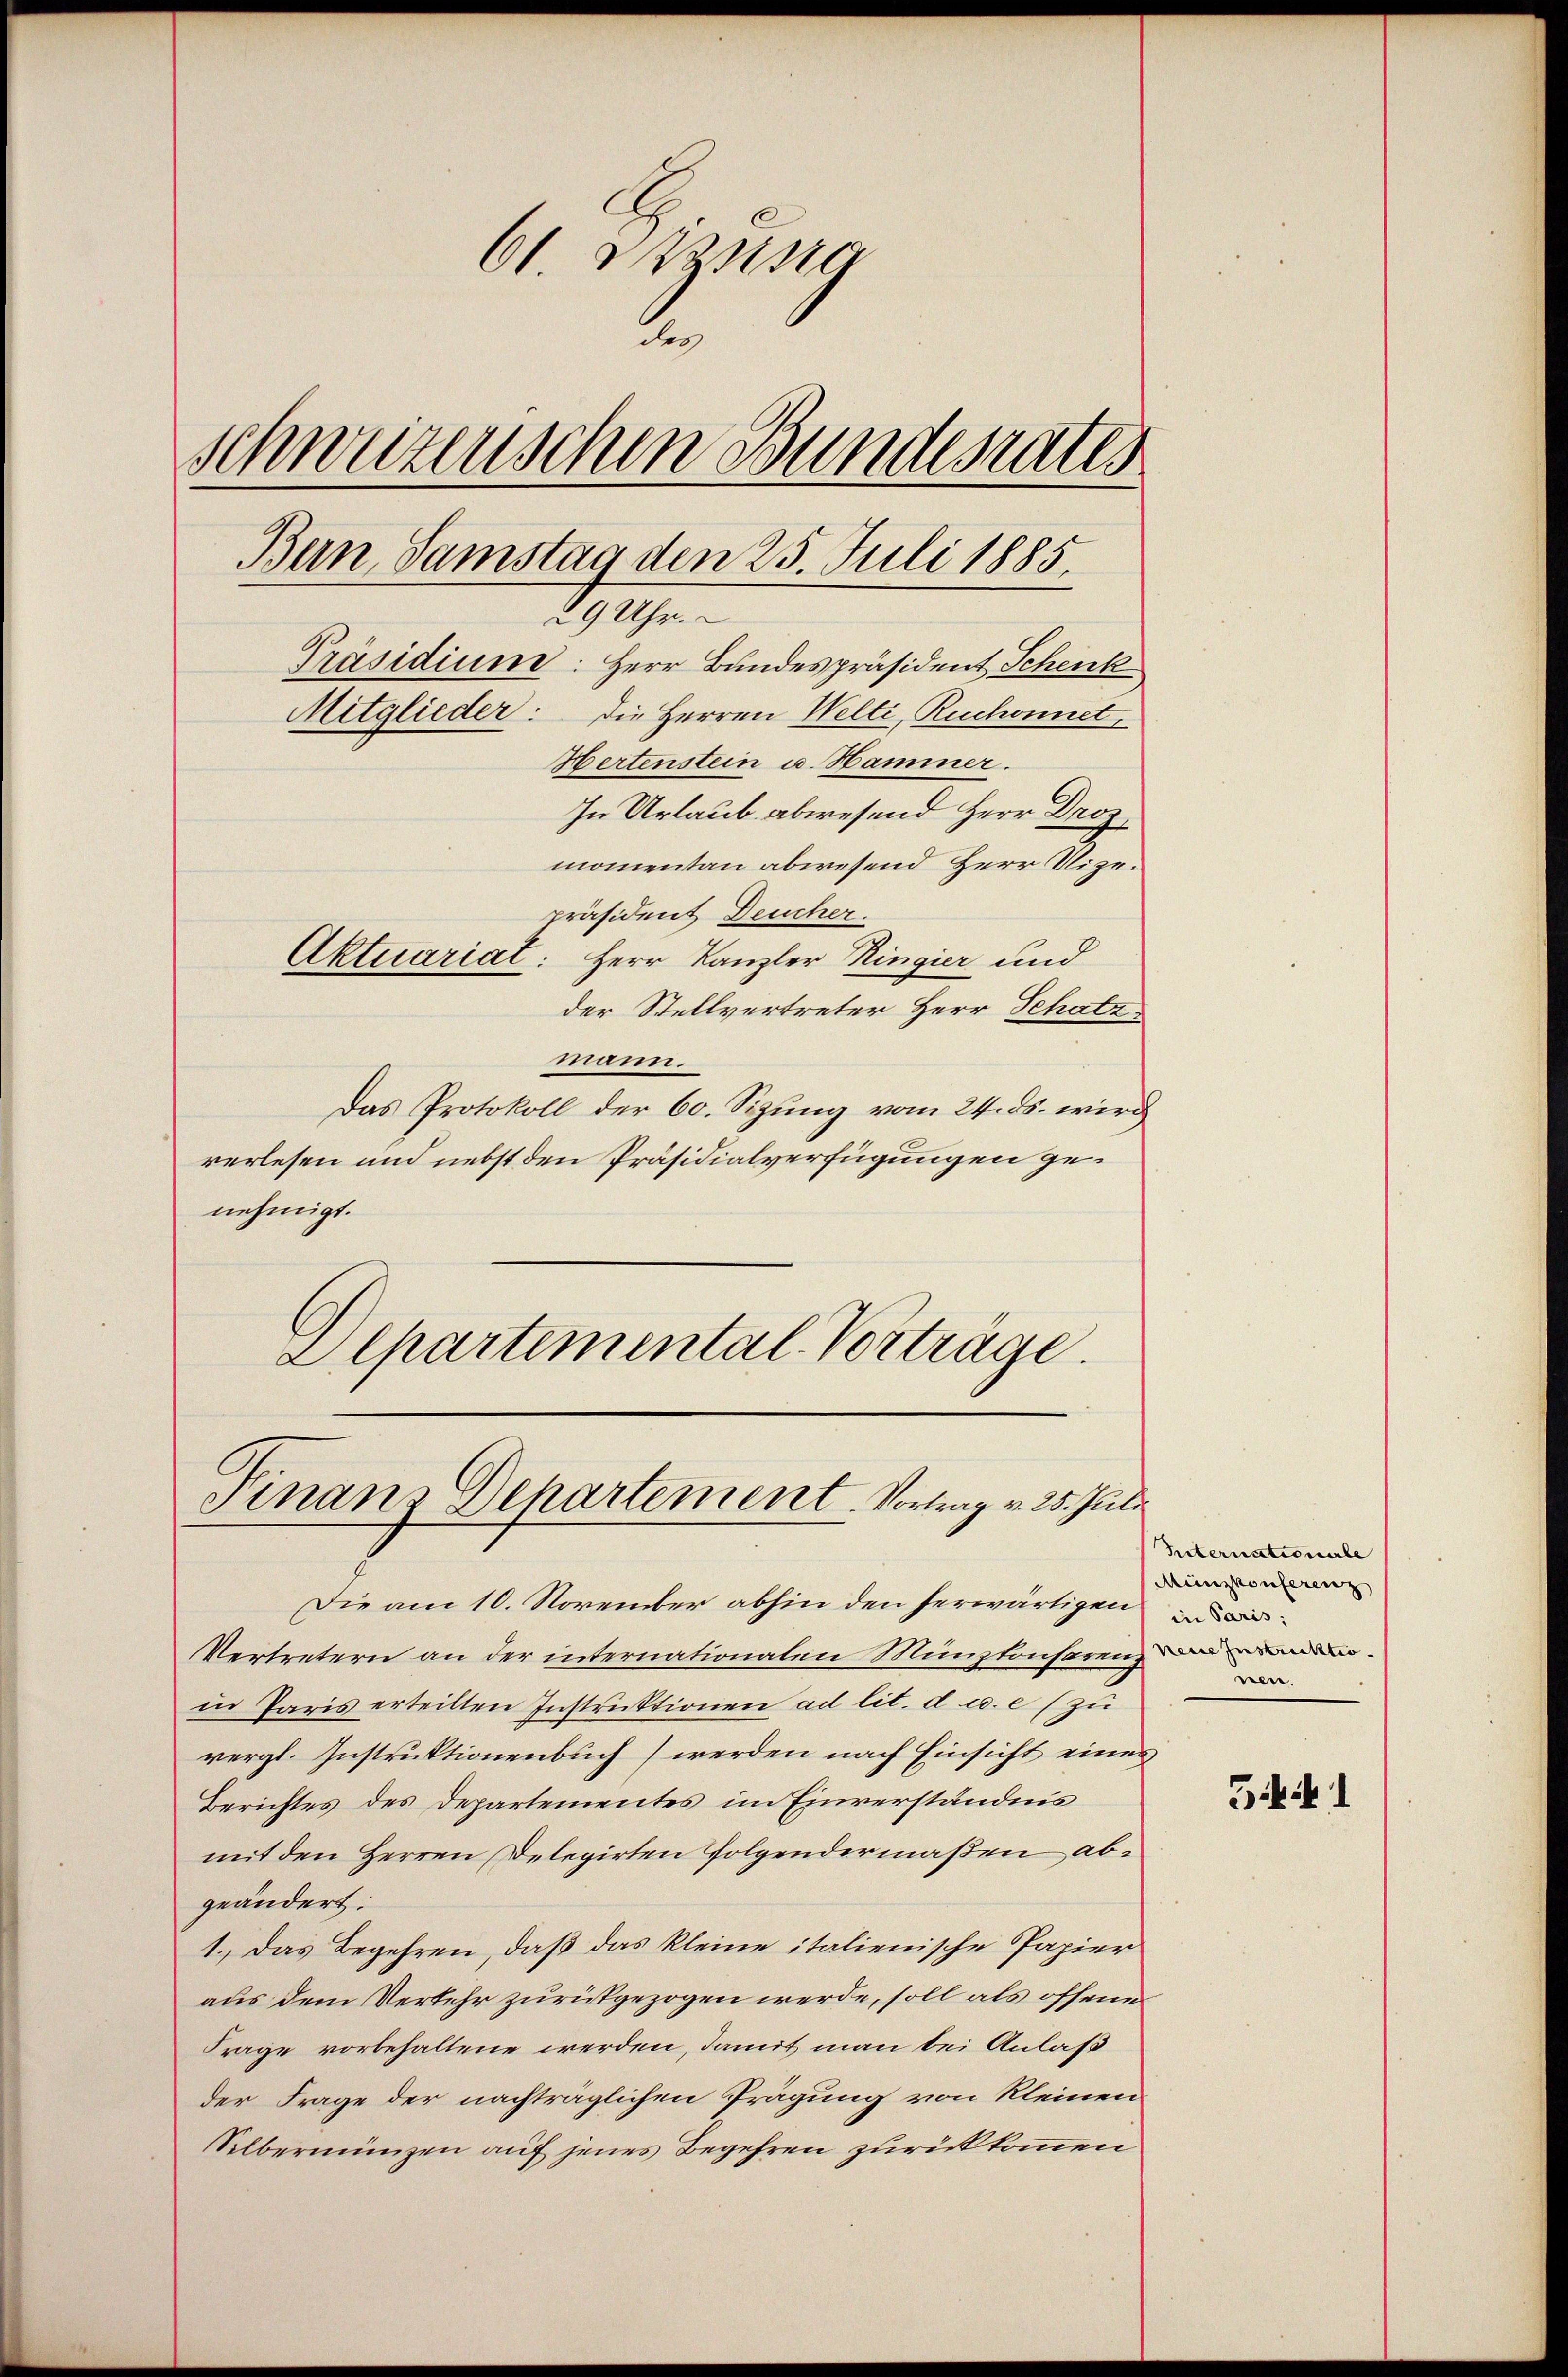
61 Nassig
der
Schweizenschen Bundesrates
Ban, Samstag den 25. Juli 1885.
29 Uhr.
Präsidium: Herr Bundespräsident Schenk
Mitglieder: die Herren Welti, Ruchonnet,
Hertenstein u. Hammer.
In Urlaub abwesend Herr Droz.
momentan abwesend Herr Vizepräsident Deucher.
Aktuariat: Herr Kanzler Ringier und
der Stellvertreter Herr Schatz

mann.
Das Protokoll der 60. Sizung vom 24. ds. wird
rerlesen und nebst den Präsidialverfügungen genehmigt.
Departemental-Vorträge.

Finanz Dehartement. Vortrag v. 25. Juli

Die am 10. November abhin den herwärtigen
Vertretern an der internationalen Münztonsarenz d
in Paris erteilten Instruktionen ad lit. d u. e (zu
vergl. Instruktionenbuch werden nach Einsicht eines
Berichtes des Departementes im Einverständnis
mit den Herren Delegirten Folgendermaßen abgeändert:
1.) Das Begehren, daß das kleine italienische Papier
aus dem Verkehr zurückgezogen werde, soll als offene
Frage vorbehaltene werden, damit man bei Anlaß
der Frage der nachträglichen Prägung von kleinen
Silbermünzen auf jenes Begehren zurückkommen

Reternationarbe
Münzkonferenz
in Paris;
nen.

541